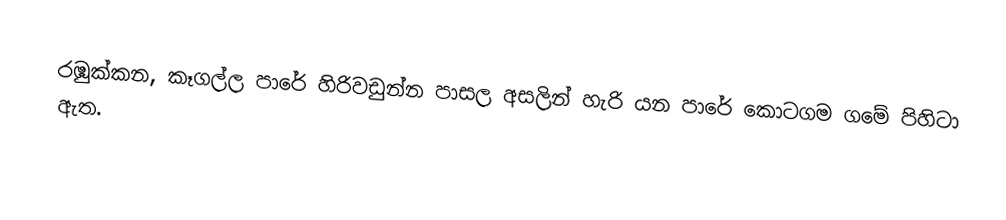
රඹුක්කන, කෑගල්ල පාරේ හිරිවඩුන්න පාසල අසලින් හැරි යන පාරේ කොටගම ගමේ පිහිටා ඇත.